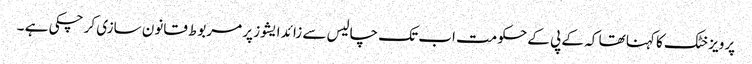
پرویز خٹک کا کہنا تھا کہ کے پی کے حکومت اب تک چالیس سے زائد ایشوز پر مربوط قانون سازی کر چکی ہے ۔